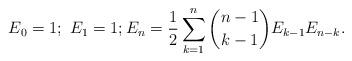
LaTeX: \begin{align*}E_0=1;\ E_1=1;E_n = \frac {1}{2} \sum_{k=1}^n \binom{n-1}{k-1} E_{k-1} E_{n-k}.\end{align*}